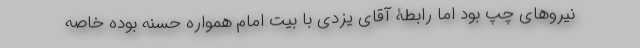
نیروهای چپ بود اما رابطۀ آقای یزدی با بیت امام همواره حسنه بوده خاصه